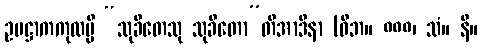
ဥပဋ္ဌာကကုလမ္ပိ “သုခိတေသု သုခိတော”တိအာဒိနာ (ဝိဘ။ ၈၈၈၊ သံ။ နိ။